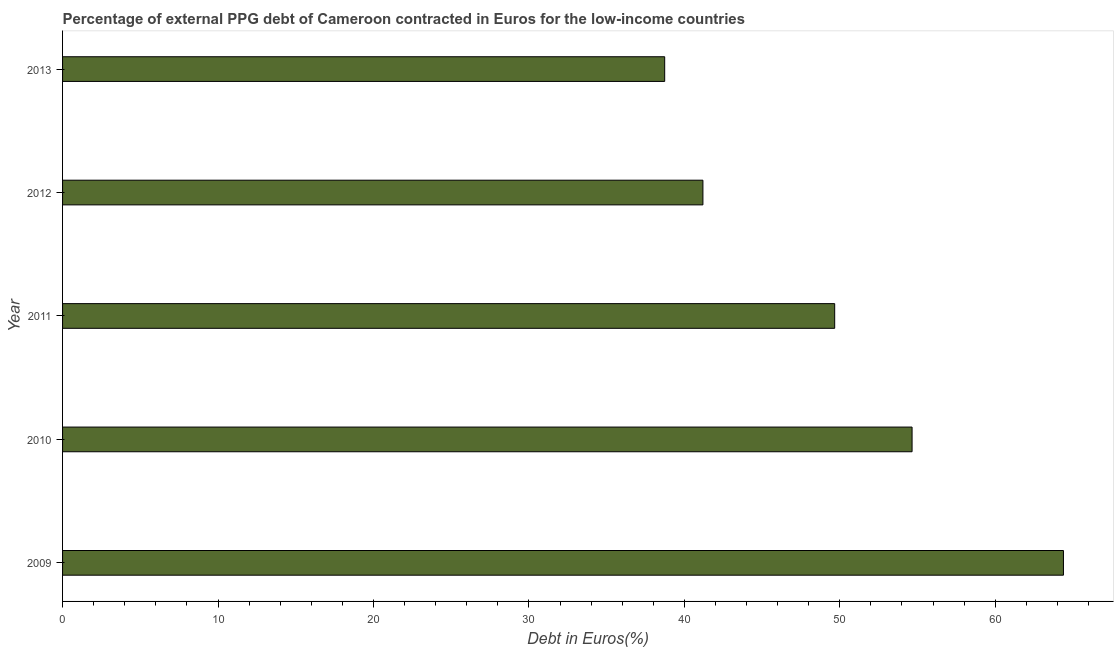
| Year | Currency composition of PPG debt |
 | --- | --- |
 | 2009 | 64.4 |
 | 2010 | 54.6 |
 | 2011 | 49.7 |
 | 2012 | 41.2 |
 | 2013 | 38.7 |